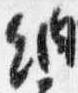
納